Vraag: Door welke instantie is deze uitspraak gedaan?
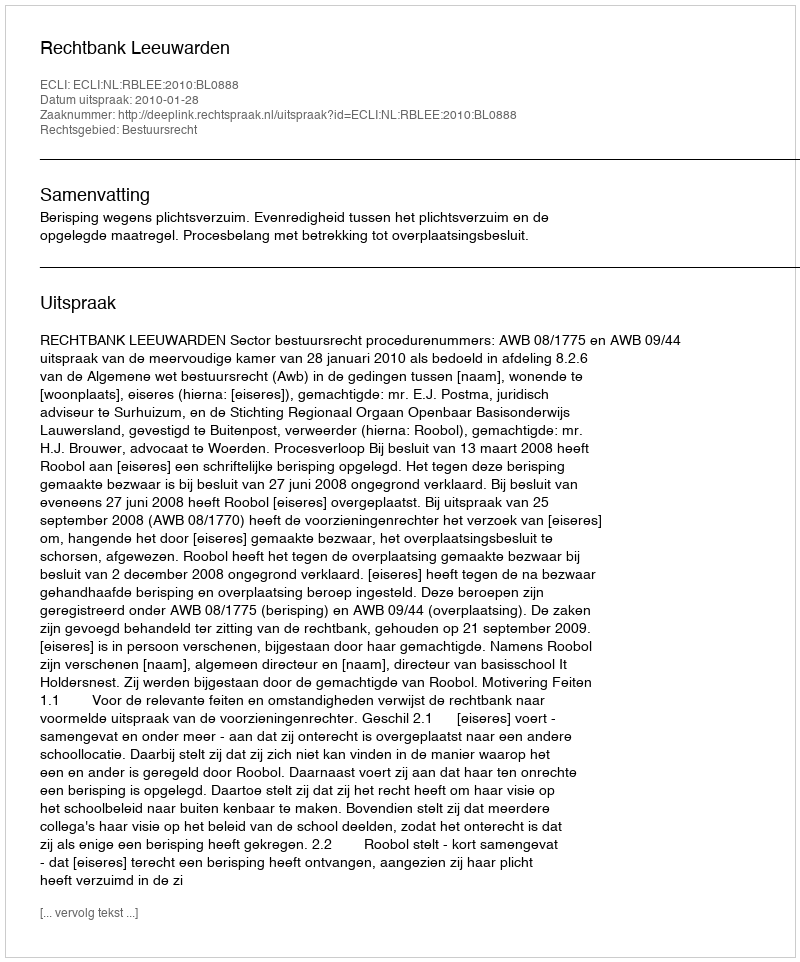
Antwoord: Rechtbank Leeuwarden